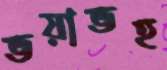
ভয়াভহ